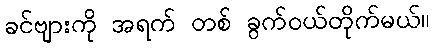
ခင်ဗျားကို အရက် တစ် ခွက်ဝယ်တိုက်မယ်။